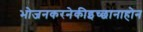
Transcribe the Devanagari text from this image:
भोजनकरनेकीइच्छानाहोन